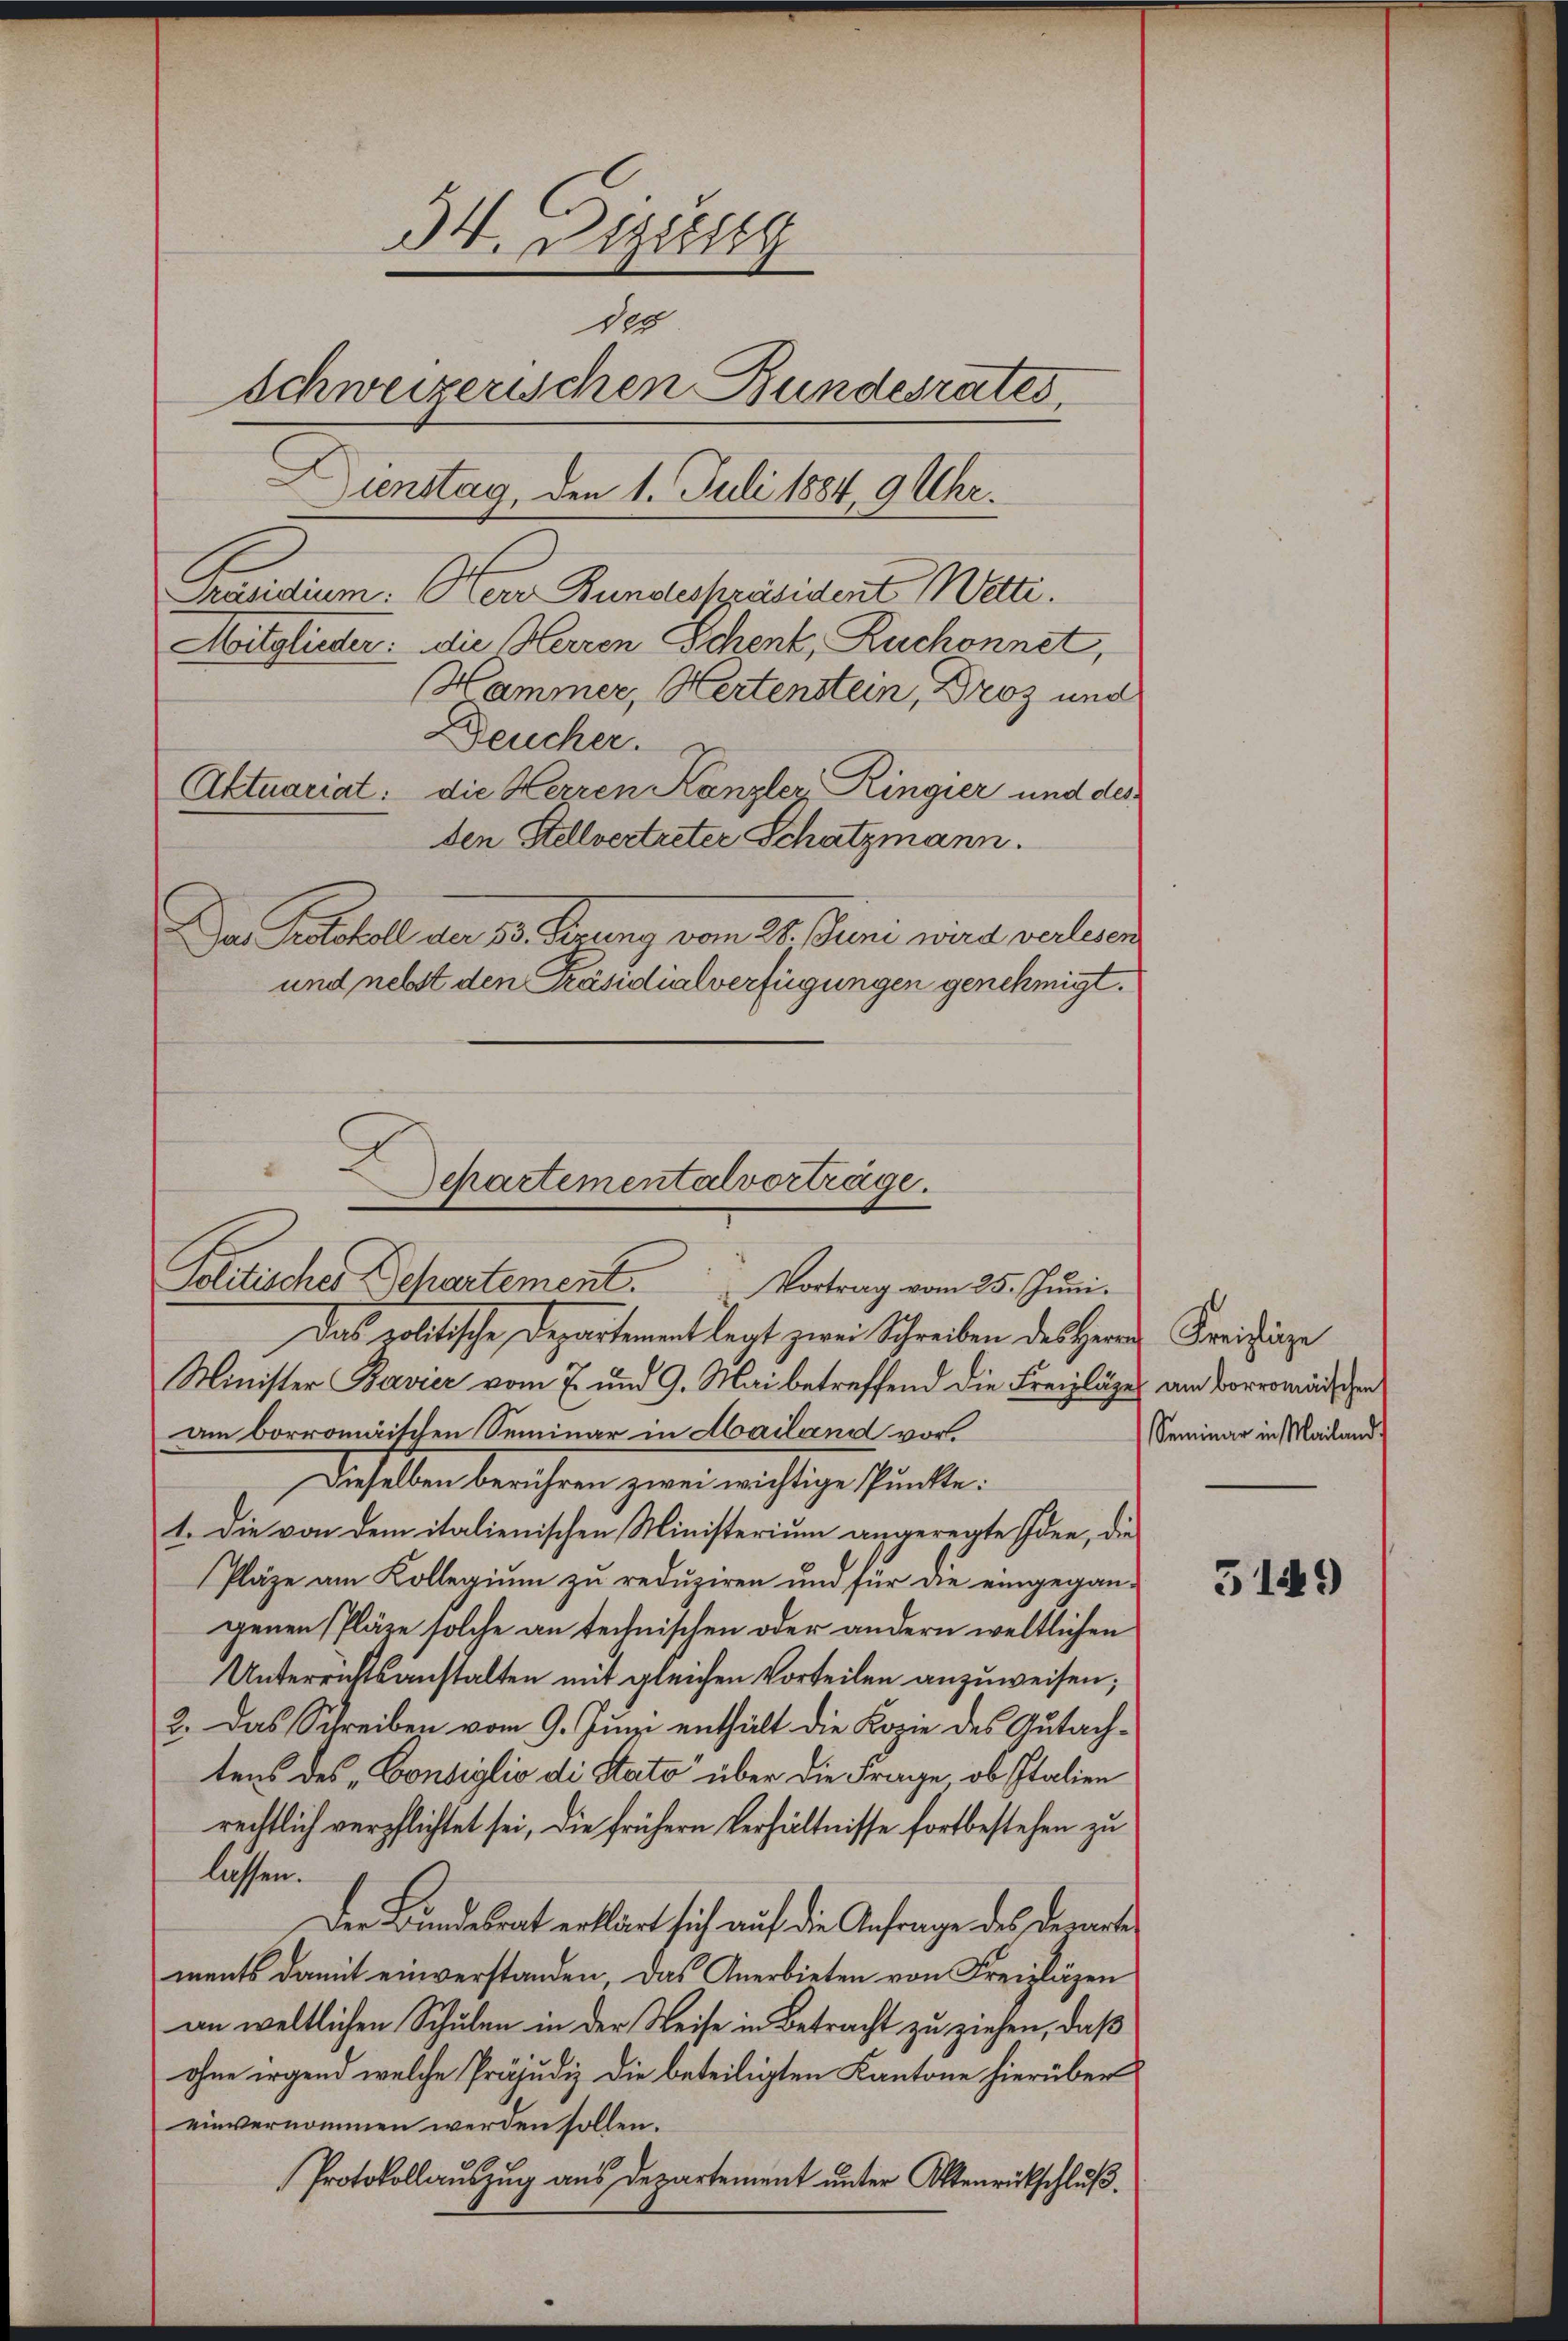
34. Dezeitg
100
Schweizerischen Bundesrates,
.
Dienstag, den 1. Juli 1884 9 Uhr.
Präsidium: Herr Bundespräsident Wetti.
Mitglieder: die Herren Schenk, Ruchonnet,
Hammer, Hertenstein, Droz und
Deucher.
Aktuariat: die Herren Kanzler, Ringier und des
den Stellvertreter Schatzmann.
Da Protokoll am 23. Ferung vom 26. Juni wird verlesen
und nebst den Präsidialverfügungen genehmigt.

E

Schartemental vorträge.
Politisches Departement. Vortrag vom 25. Juni.
Das politische Departement legt zwei Schreiben des Herrn Kreisinge
Minister Bavier vom 7. und 9. Mai betreffend die Freizläger am Vorermädischen

am borromischen Seminar in Mailand vor.
Dieselben berühren zwei nichtige Punckte.
1. Die von dem italienischen Ministerium angeregte Idee, die
Pläze am Kollegium zu reduziren und für die eingegangenen Pläte solche an technischen oder andern weltlichen
Unterrichtsanstalten mit gleichen Vorteilen anzuweisen;
2. Das Schreiben vom 9. Juni enthält die Kopie des Gutachtens des „Consiglio di Stato über die Frage, ob Italien
rechtlich verpflichtet sei, die frühern Verhältnisse fortbestehen zu
liessen.
Der Bundesrat erklärt sich auf die Anfrage des derarte
ments damit einverstanden, das Anerbieten von Freizlägen
an weltlichen Schulen in der Weise in Betracht zu ziehen, daß
ohne irgend welche Präjudiz die beteiligten Kantone hierüber
einvernommen werden sollen.
Protokollauszug aus Departement unter Aktenrückschluß.

Seminar in Mailand

5149